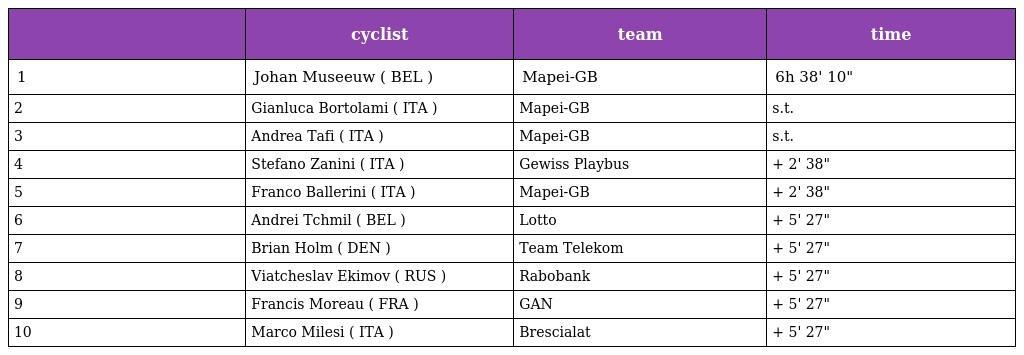
|  | cyclist | team | time |
 | --- | --- | --- | --- |
 | 1 | Johan Museeuw ( BEL ) | Mapei-GB | 6h 38' 10" |
 | 2 | Gianluca Bortolami ( ITA ) | Mapei-GB | s.t. |
 | 3 | Andrea Tafi ( ITA ) | Mapei-GB | s.t. |
 | 4 | Stefano Zanini ( ITA ) | Gewiss Playbus | + 2' 38" |
 | 5 | Franco Ballerini ( ITA ) | Mapei-GB | + 2' 38" |
 | 6 | Andrei Tchmil ( BEL ) | Lotto | + 5' 27" |
 | 7 | Brian Holm ( DEN ) | Team Telekom | + 5' 27" |
 | 8 | Viatcheslav Ekimov ( RUS ) | Rabobank | + 5' 27" |
 | 9 | Francis Moreau ( FRA ) | GAN | + 5' 27" |
 | 10 | Marco Milesi ( ITA ) | Brescialat | + 5' 27" |